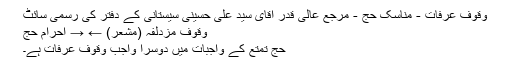
وقوف عرفات - مناسک حج - مرجع عالی قدر اقای سید علی حسینی سیستانی کے دفتر کی رسمی سائٹ
وقوف مزدلفہ (مشعر) ← → احرام حج
حج تمتع کے واجبات میں دوسرا واجب وقوف عرفات ہے۔